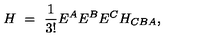
H \ = \ \frac { 1 } { 3 ! } E ^ { A } E ^ { B } E ^ { C } H _ { C B A } ,